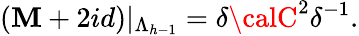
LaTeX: ({\cal\mathbf{M}}+2id)|_{\Lambda_{h-1}}=\delta{\calC}^{2}\delta^{-1}.